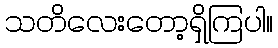
သတိလေးတော့ရှိကြပါ။